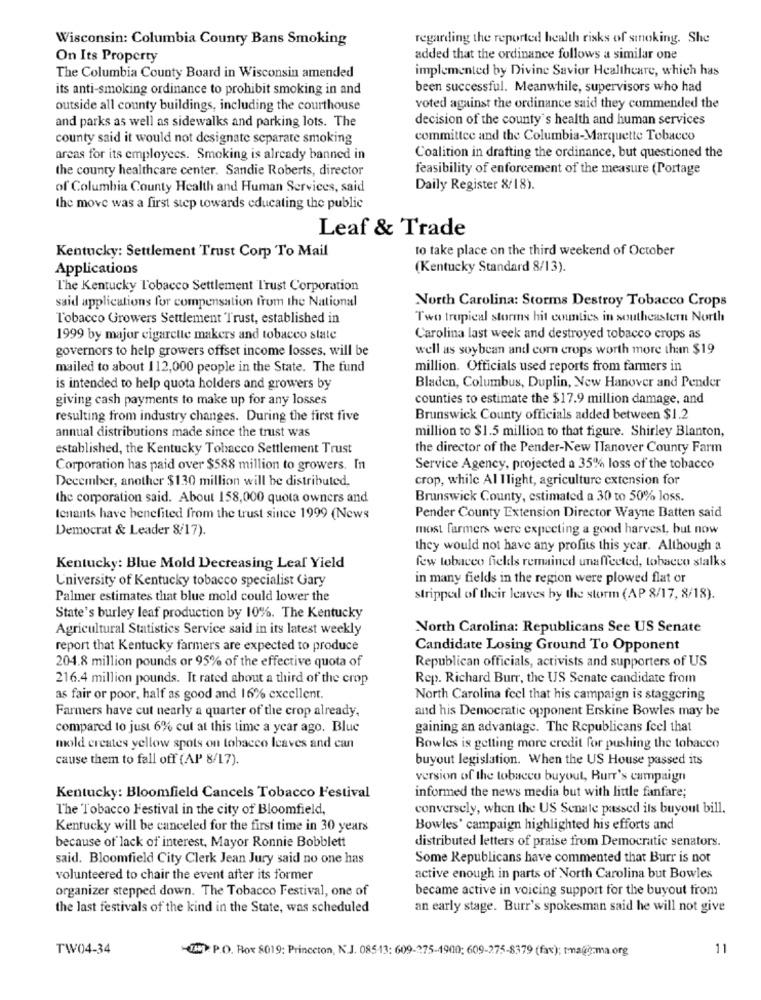
Wisconsin: Columbia County Bans Smoking
regarding the reported health risks of smoking. She
On Its Property
added that the ordinance follows a similar one
implemented by Divine Savior Healthcare, which has
The Columbia County Board in Wisconsin amended
its anti-smoking ordinance to prohibit smoking in and
been successful. Meanwhile, supervisors who had
outside all county buildings, including the courthouse
voted against the ordinance said they commended the
decision of the county's health and human services
and parks as well as sidewalks and parking lots. The
county said it would not designate separate smoking
committee and the Columbia-Marquette Tobacco
areas for its employees. Smoking is already banned in
Coalition in drafting the ordinance, but questioned the
the county healthcare center. Sandie Roberts, director
feasibility of enforcement of the measure (Portage
of Columbia County Health and Human Services, said
Daily Register 8/18).
the move was a first step towards educating the public
Leaf & Trade
Kentucky: Settlement Trust Corp To Mail
to take place on the third weekend of October
Applications
(Kentucky Standard 8/13).
The Kentucky Tobacco Settlement Trust Corporation
said applications for compensation from the National
North Carolina: Storms Destroy Tobacco Crops
Tobacco Growers Settlement Trust, established in
Two tropical storms hit counties in southeastern North
1999 by major cigarette makers and tobacco state
Carolina last week and destroyed tobacco crops as
governors to help growers offset income losses, will be
well as soybean and corn crops worth more than $19
mailed to about 112,000 people in the State. The fund
million. Officials used reports from farmers in
is intended to help quota holders and growers by
Bladen, Columbus, Duplin, New Hanover and Pender
giving cash payments to make up for any losses
counties to estimate the $17.9 million damage, and
resulting from industry changes. During the first five
Brunswick County officials added between $1.2
million to $1.5 million to that figure. Shirley Blanton,
annual distributions made since the trust was
established, the Kentucky Tobacco Settlement Trust
the director of the Pender-New ITanover County Farm
Corporation has paid over $588 million to growers. In
Service Agency, projected a 35% loss of the tobacco
December, another $130 million will be distributed,
crop, while Al Ilight, agriculture extension for
the corporation said. About 158,000 quota owners and
Brunswick County, estimated a 30 to 50% loss.
tenants have benefited from the trust since 1999 (News
Pender County Extension Director Wayne Batten said
Democrat & Leader 8/17).
most farmers were expecting a good harvest, but now
they would not have any profits this year. Although a
Kentucky: Blue Mold Decreasing Leaf Yield
few tobacco fields remained unaffected, tobacco stalks
University of Kentucky tobacco specialist Gary
in many fields in the region were plowed flat or
Palmer estimates that blue mold could lower the
stripped of their leaves by the storm (AP 8/17, 8/18).
State's burley leaf production by 10%. The Kentucky
Agricultural Statistics Service said in its latest weekly
North Carolina: Republicans See US Senate
report that Kentucky farmers are expected to produce
Candidate Losing Ground To Opponent
204.8 million pounds or 95% of the effective quota of
Republican officials, activists and supporters of US
216.4 million pounds. It rated about a third of the crop
Rep. Richard Burr, the US Senate candidate from
as fair or poor, half as good and 16% excellent.
North Carolina feel that his campaign is staggering
Farmers have cut nearly a quarter of the crop already.
and his Democratic opponent Erskine Bowles may be
compared to just 6% cul at this time a year ago. Blue
gaining an advantage. The Republicans feel that
mold creates yellow spots on tobacco leaves and can
Bowles is getting more credit for pushing the tobacco
cause them to fall off (AP 8/17).
buyout legislation. When the US House passed its
version of the tobacco buyout, Burr's campaign
Kentucky: Bloomfield Cancels Tobacco Festival
informed the news media but with little fanfare;
The Tobacco Festival in the city of Bloomfield,
conversely, when the US Senate passed its buyout bill.
Kentucky will be canceled for the first time in 30 years
Bowles' campaign highlighted his efforts and
because of lack of interest, Mayor Ronnie Bobblett
distributed letters of praise from Democratic senators.
said. Bloomfield City Clerk Jean Jury said no one has
Some Republicans have commented that Burr is not
volunteered to chair the event after its former
active enough in parts of North Carolina but Bowles
organizer stepped down. The Tobacco Festival, one of
became active in voicing support for the buyout from
the last festivals of the kind in the State, was scheduled
an early stage. Burr's spokesman said he will not give
TW04-34
-7H: P.O. Box 8019: Princeton, N.J. 08513: 609-275-1900: 609-275-8379 (fax); tmauğ-ma.org
11